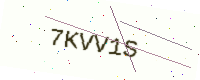
Text: 7KVV1S